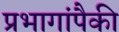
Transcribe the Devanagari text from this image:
प्रभागांपैकी